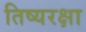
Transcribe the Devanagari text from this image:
तिष्यरक्षा